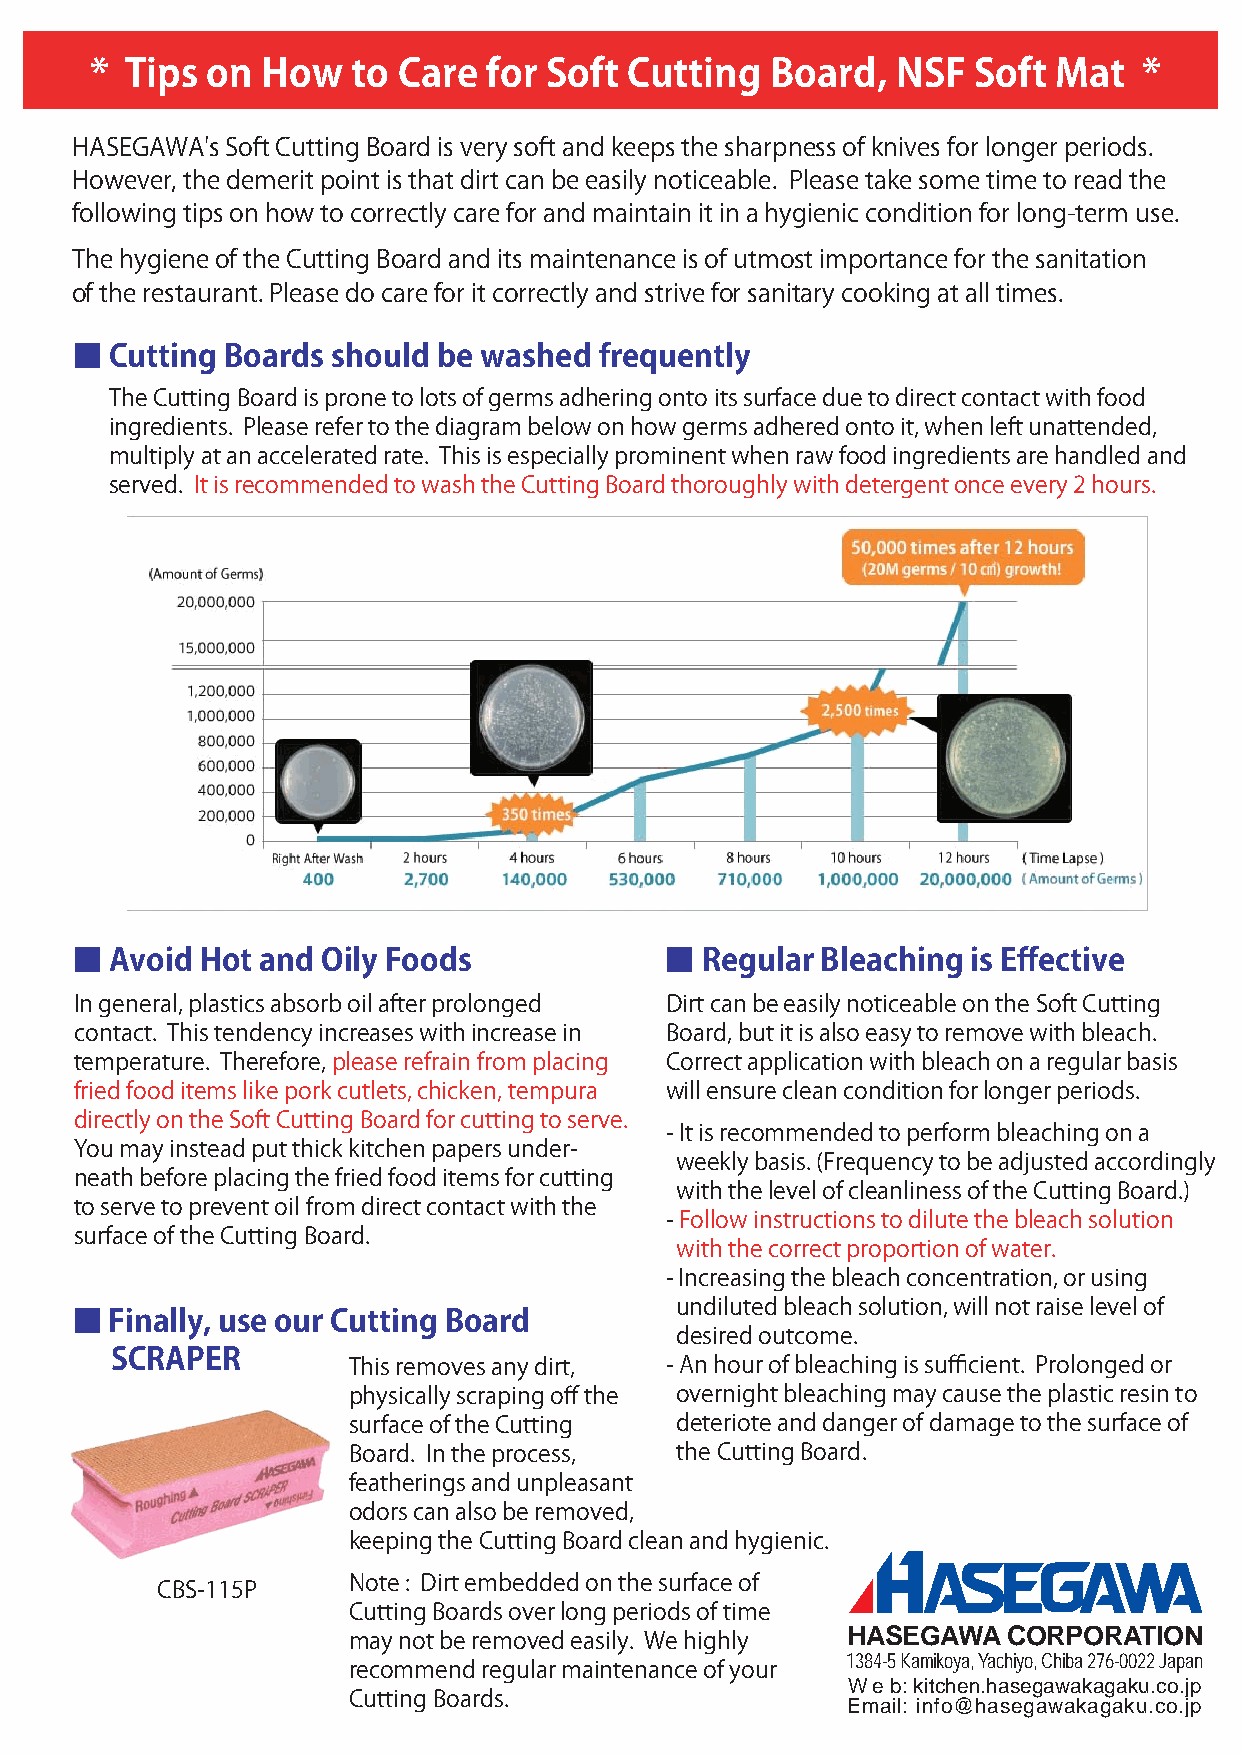
* Tips  on How   to Care  for Soft  Cutting  Board,  NSF  Soft  Mat   *
 HASEGAWA's Soft Cutting Board is very soft and keeps the sharpness of knives for longer periods.
 However, the demerit point is that dirt can be easily noticeable. Please take some time to read the
 following tips on how to correctly care for and maintain it in a hygienic condition for long-term use.
 The hygiene of the Cutting Board and its maintenance is of utmost importance for the sanitation
 of the restaurant. Please do care for it correctly and strive for sanitary cooking at all times.
 ■ Cutting Boards should be washed  frequently
 The Cutting Board is prone to lots of germs adhering onto its surface due to direct contact with food
 ingredients. Please refer to the diagram below on how germs adhered onto it, when left unattended,
 multiply at an accelerated rate. This is especially prominent when raw food ingredients are handled and
 served. It is recommended to wash the Cutting Board thoroughly with detergent once every 2 hours.
 ■ Avoid Hot and Oily Foods             ■ Regular Bleaching is Effective
 In general, plastics absorb oil after prolonged Dirt can be easily noticeable on the Soft Cutting
 contact. This tendency increases with increase in Board, but it is also easy to remove with bleach.
 temperature. Therefore, please refrain from placing Correct application with bleach on a regular basis
 fried food items like pork cutlets, chicken, tempura will ensure clean condition for longer periods.
 directly on the Soft Cutting Board for cutting to serve.
 - It is recommended to perform bleaching on a
 You may instead put thick kitchen papers under-
 weekly basis. (Frequency to be adjusted accordingly
 neath before placing the fried food items for cutting
 with the level of cleanliness of the Cutting Board.)
 to serve to prevent oil from direct contact with the
 - Follow instructions to dilute the bleach solution
 surface of the Cutting Board.
 with the correct proportion of water.
 - Increasing the bleach concentration, or using
 undiluted bleach solution, will not raise level of
 ■ Finally, use our Cutting Board
 desired outcome.
 SCRAPER
 This removes any dirt, - An hour of bleaching is sufficient. Prolonged or
 physically scraping off the overnight bleaching may cause the plastic resin to
 surface of the Cutting deteriote and danger of damage to the surface of
 Board. In the process, the Cutting Board.
 featherings and unpleasant
 odors can also be removed,
 keeping the Cutting Board clean and hygienic.
 Note : Dirt embedded on the surface of
 CBS-115P
 Cutting Boards over long periods of time
 HASEGAWA   CORPORATION
 may not be removed easily. We highly
 1384-5 Kamikoya, Yachiyo, Chiba 276-0022 Japan
 recommend regular maintenance of your
 W e b: kitchen.hasegawakagaku.co.jp
 Cutting Boards.
 Email: info@hasegawakagaku.co.jp